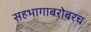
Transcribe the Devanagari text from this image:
सहभागाबरोबरच